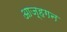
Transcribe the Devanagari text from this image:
आज़्हगन